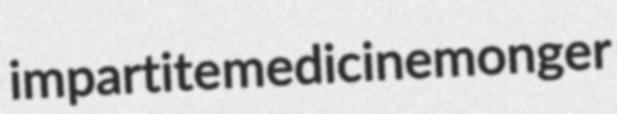
impartite medicinemonger